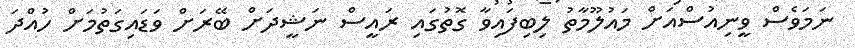
ނަމަވެސް ވީނިއުސްއަށް މައުލޫމާތު ލިބިފައިވާ ގޮތުގައި ރައީސް ނަޝީދަށް ބޭރަށް ވަޑައިގަތުމަށް ހުއްދަ